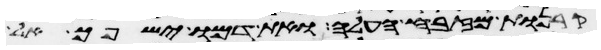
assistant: קרנות מזבח העלה ואת דמו ישפך אל